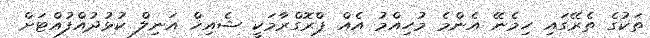
ތަކުގެ ތެރޭގައި ހިމެނޭ އެންމެ މުހިއްމު އެއް ޕްރޮގްރާމަކީ ޝެއިޚް އަނިލް ކުޅުދުއްފުއްޓަށް